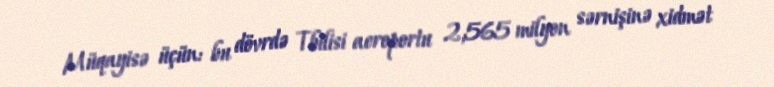
Müqayisə üçün: bu dövrdə Tbilisi aeroportu 2,565 milyon sərnişinə xidmət